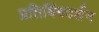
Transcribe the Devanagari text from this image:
प्रतिबिंबदर्शन